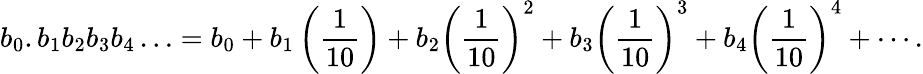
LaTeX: b_{0}.b_{1}b_{2}b_{3}b_{4}\ldots=b_{0}+b_{1}\left({\frac{1}{10}}\right)+b_{2}\left({\frac{1}{10}}\right)^{2}+b_{3}\left({\frac{1}{10}}\right)^{3}+b_{4}\left({\frac{1}{10}}\right)^{4}+\cdots.